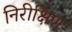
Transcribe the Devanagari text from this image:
निरीक्षिण